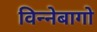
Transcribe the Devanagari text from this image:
विन्नेबागो